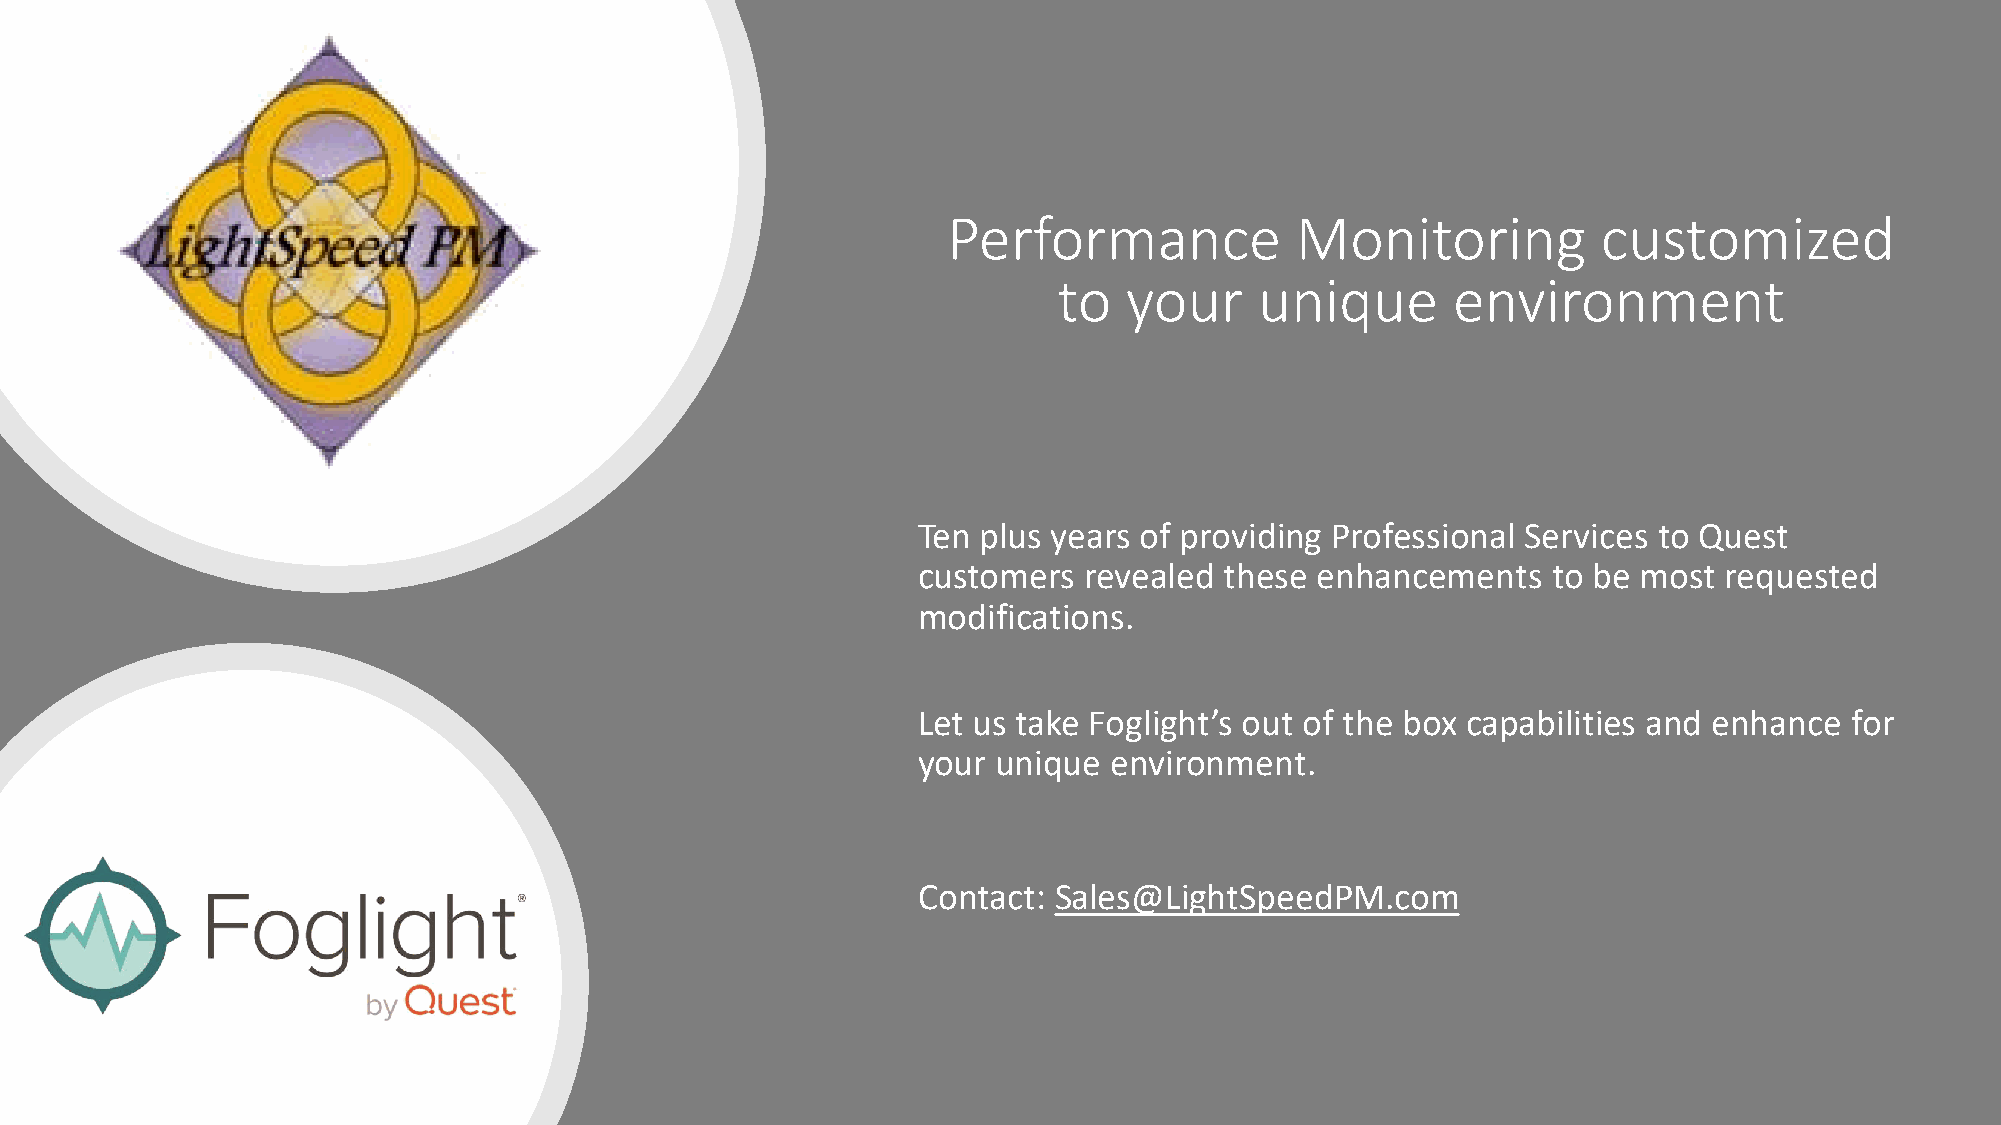
Performance            Monitoring          customized
 to   your    unique       environment
 Ten plus years of providing Professional Services to Quest
 customers  revealed these enhancements    to be most requested
 modifications.
 Let us take Foglight’s out of the box capabilities and enhance for
 your unique environment.
 Contact: Sales@LightSpeedPM.com